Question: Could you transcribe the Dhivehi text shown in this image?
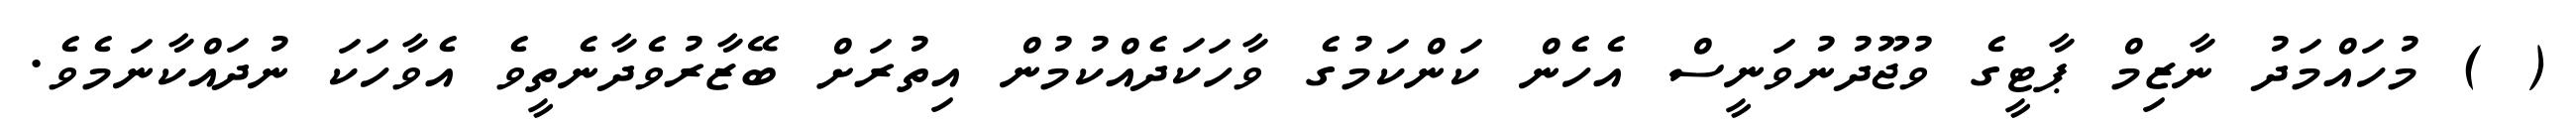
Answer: ( ) މުހައްމަދު ނާޒިމް ޕާޓީގެ ވުޖޫދުނުވަނީސް އެހެން ކަންކަމުގެ ވާހަކަދެއްކުމުން އިތުރަށް ބޭޒާރުވެދާނެތީވެ އެވާހަކަ ނުދައްކާނަމެވެ.